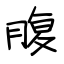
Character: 腹